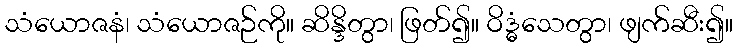
သံယောဇနံ၊ သံယောဇဉ်ကို။ ဆိန္ဒိတွာ၊ ဖြတ်၍။ ဝိဒ္ဓံသေတွာ၊ ဖျက်ဆီး၍။